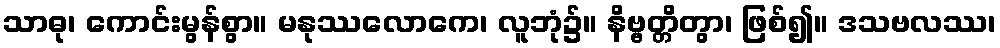
သာဓု၊ ကောင်းမွန်စွာ။ မနုဿလောကေ၊ လူဘုံ၌။ နိဗ္ဗတ္တိတွာ၊ ဖြစ်၍။ ဒသဗလဿ၊